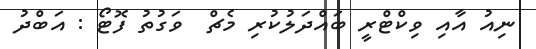
ނިއު އާއި ވިކްޓްރީ ބައްދަލުކުރި މެޗް  ވަގުތު ފޮޓޯ : އަބްދު